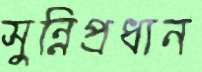
সুন্নিপ্রধান